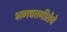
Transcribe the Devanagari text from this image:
भगवतगीतेचे